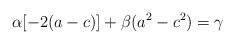
LaTeX: \begin{align*}\alpha[-2(a-c)]+\beta(a^2-c^2)=\gamma\end{align*}